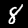
Digit: 8